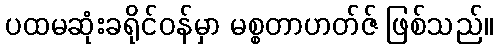
ပထမဆုံးခရိုင်ဝန်မှာ မစ္စတာဟတ်ဇ် ဖြစ်သည်။